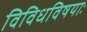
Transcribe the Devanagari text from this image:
विविधविषयाः